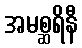
အမစ္ဆရိနီ